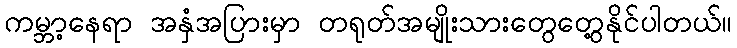
ကမ္ဘာ့နေရာ အနှံအပြားမှာ တရုတ်အမျိုးသားတွေတွေ့နိုင်ပါတယ်။